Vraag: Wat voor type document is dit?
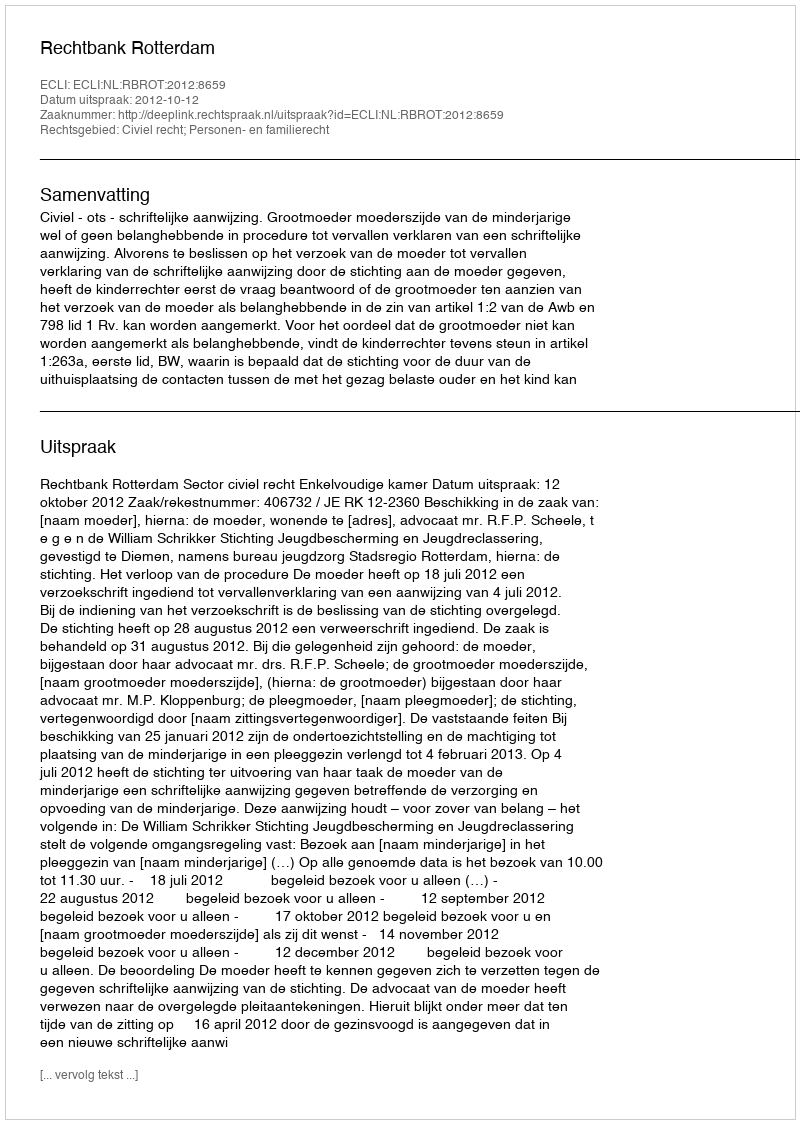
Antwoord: Uitspraak